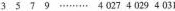
3 5 7 9 ………4 027 4 029 4 031